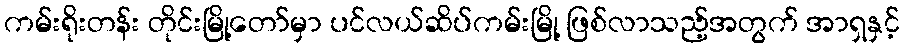
ကမ်းရိုးတန်း တိုင်းမြို့တော်မှာ ပင်လယ်ဆိပ်ကမ်းမြို့ ဖြစ်လာသည့်အတွက် အာရှနှင့်